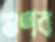
গুণব